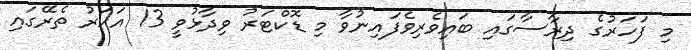
މި ފަހަރުގެ ދިރާސާގައި ބައިވެރިވެފައިނުވާ މި ޑޮކްޓަރު ވިދާޅުވީ 13 އަހަރު ތެރޭގައި